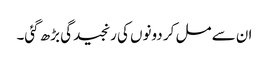
ان سے مل کر دونوں کی رنجیدگی بڑھ گئی۔